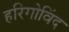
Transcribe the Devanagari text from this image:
हरिगोविंद